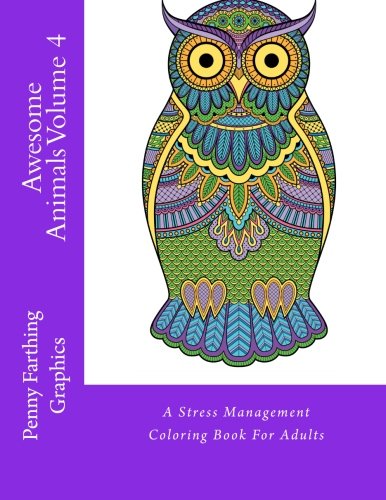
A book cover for Awesome Animals Volume 4: A Stress Management Coloring Book For Adults; Penny Farthing Graphics; Arts & Photography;